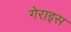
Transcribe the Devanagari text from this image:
गेराइस